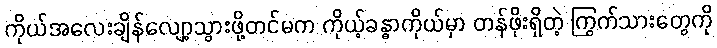
ကိုယ်အလေးချိန်လျော့သွားဖို့တင်မက ကိုယ့်ခန္ဓာကိုယ်မှာ တန်ဖိုးရှိတဲ့ ကြွက်သားတွေကို